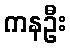
ကနဦး